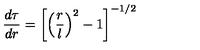
\frac { d \tau } { d r } = \left[ \left( \frac { r } { l } \right) ^ { 2 } - 1 \right] ^ { - 1 / 2 }